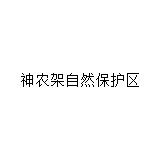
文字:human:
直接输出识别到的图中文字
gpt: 神农架自然保护区